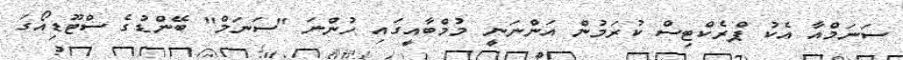
ސަނަމްއާ އެކު ޕްރެކްޓިސް ކުރަމުން އަންނަނީ މުމްބާއީގައި ހުންނަ "ސަނަމް" ބޭންޑުގެ ސްޓޫޑިއޯގަ